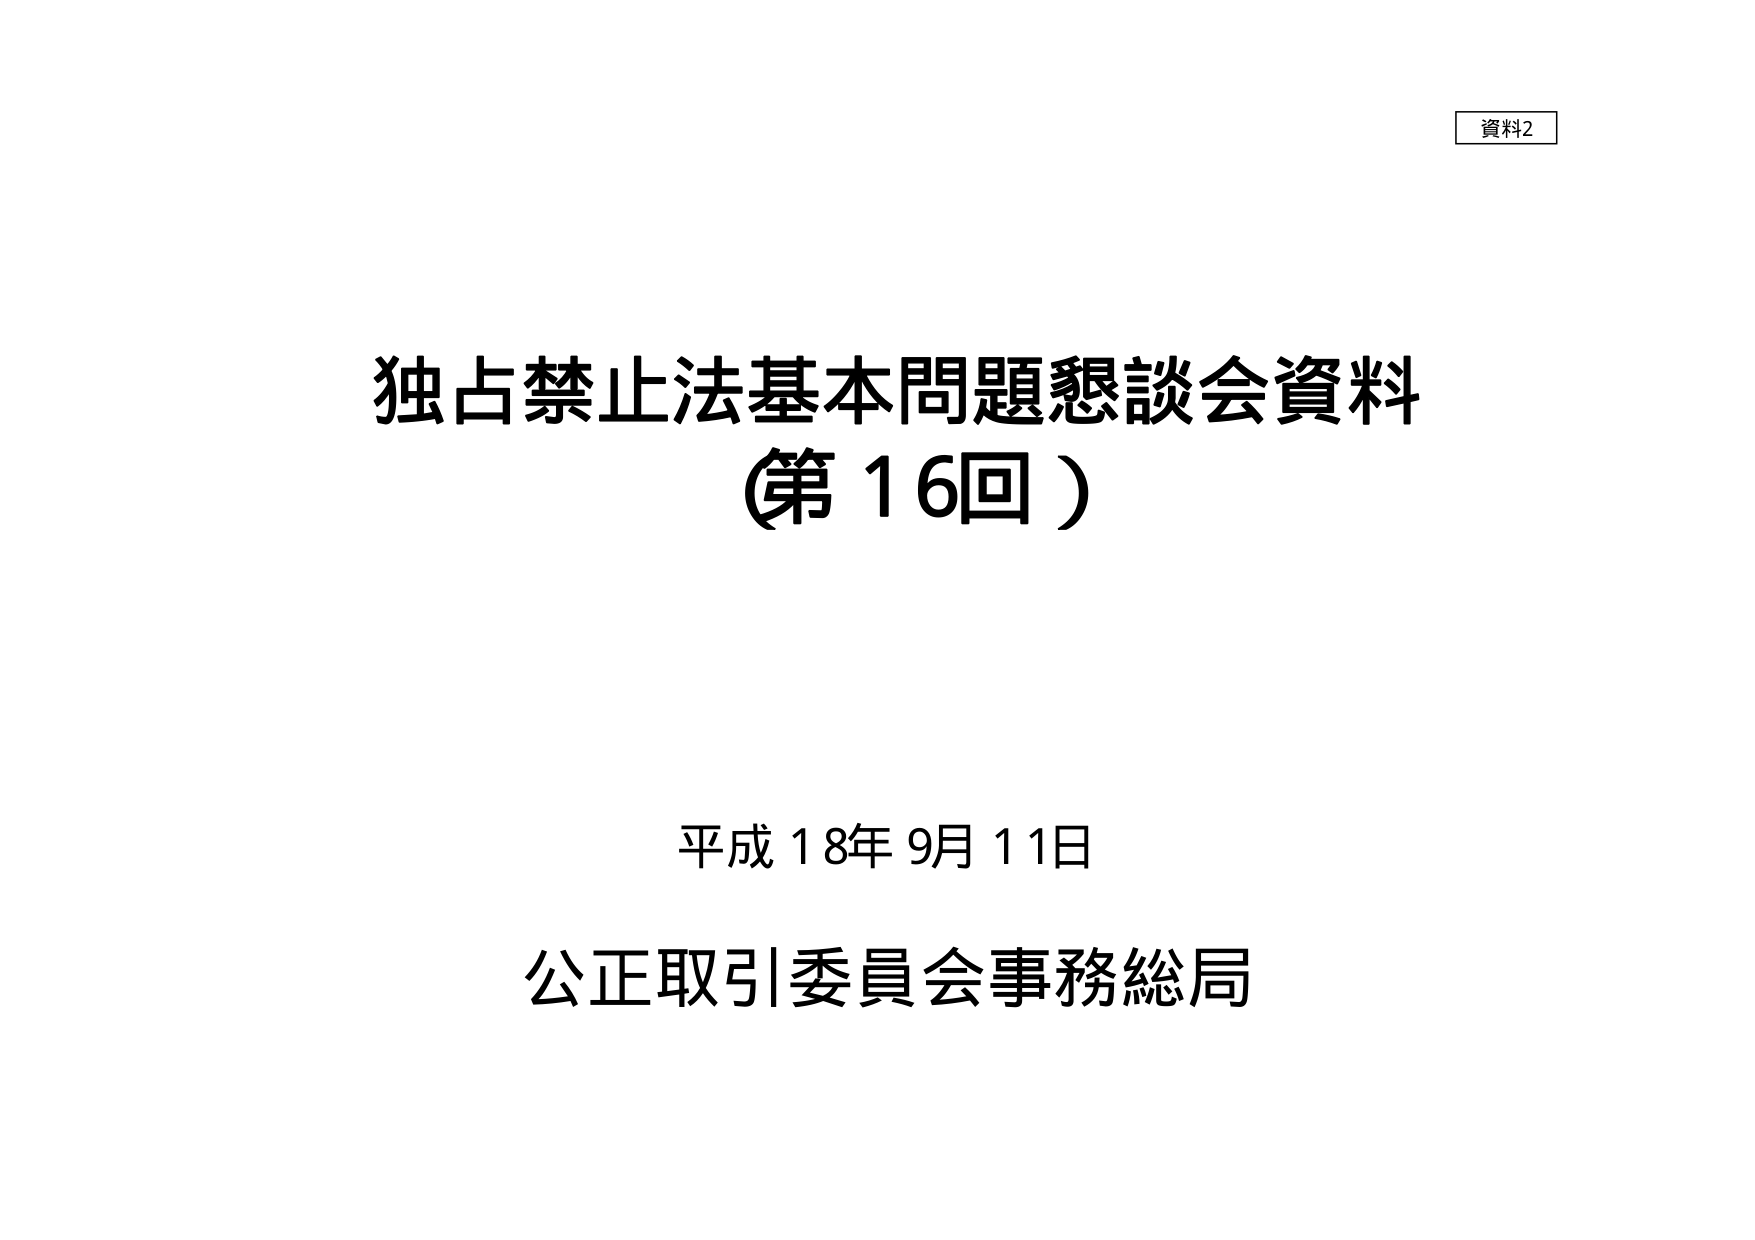
資料2
独占禁止法基本問題懇談会資料
（第16回）
平成18年9月11日
公正取引委員会事務総局